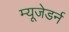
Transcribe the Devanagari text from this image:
म्यूजेडर्न